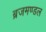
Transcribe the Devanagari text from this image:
ब्रजमण्डल